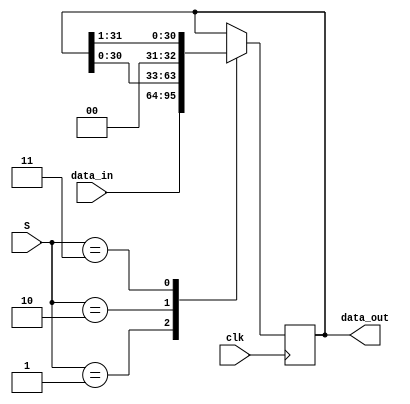
module SR(clk, S, data_in, data_out); 
	input clk;
	input [1:0] S;
	input [31:0] data_in; 
	output [31:0] data_out; 
	reg [31:0] tmp; 
 
  	always @(posedge clk) 
    	begin 
		case(S)
		2'b01: tmp <= data_in;
		2'b10: tmp <= tmp<<1;
		2'b11: tmp <= tmp>>1;
		default: tmp <= tmp;
		endcase
	end 
	assign data_out = tmp ;
endmodule